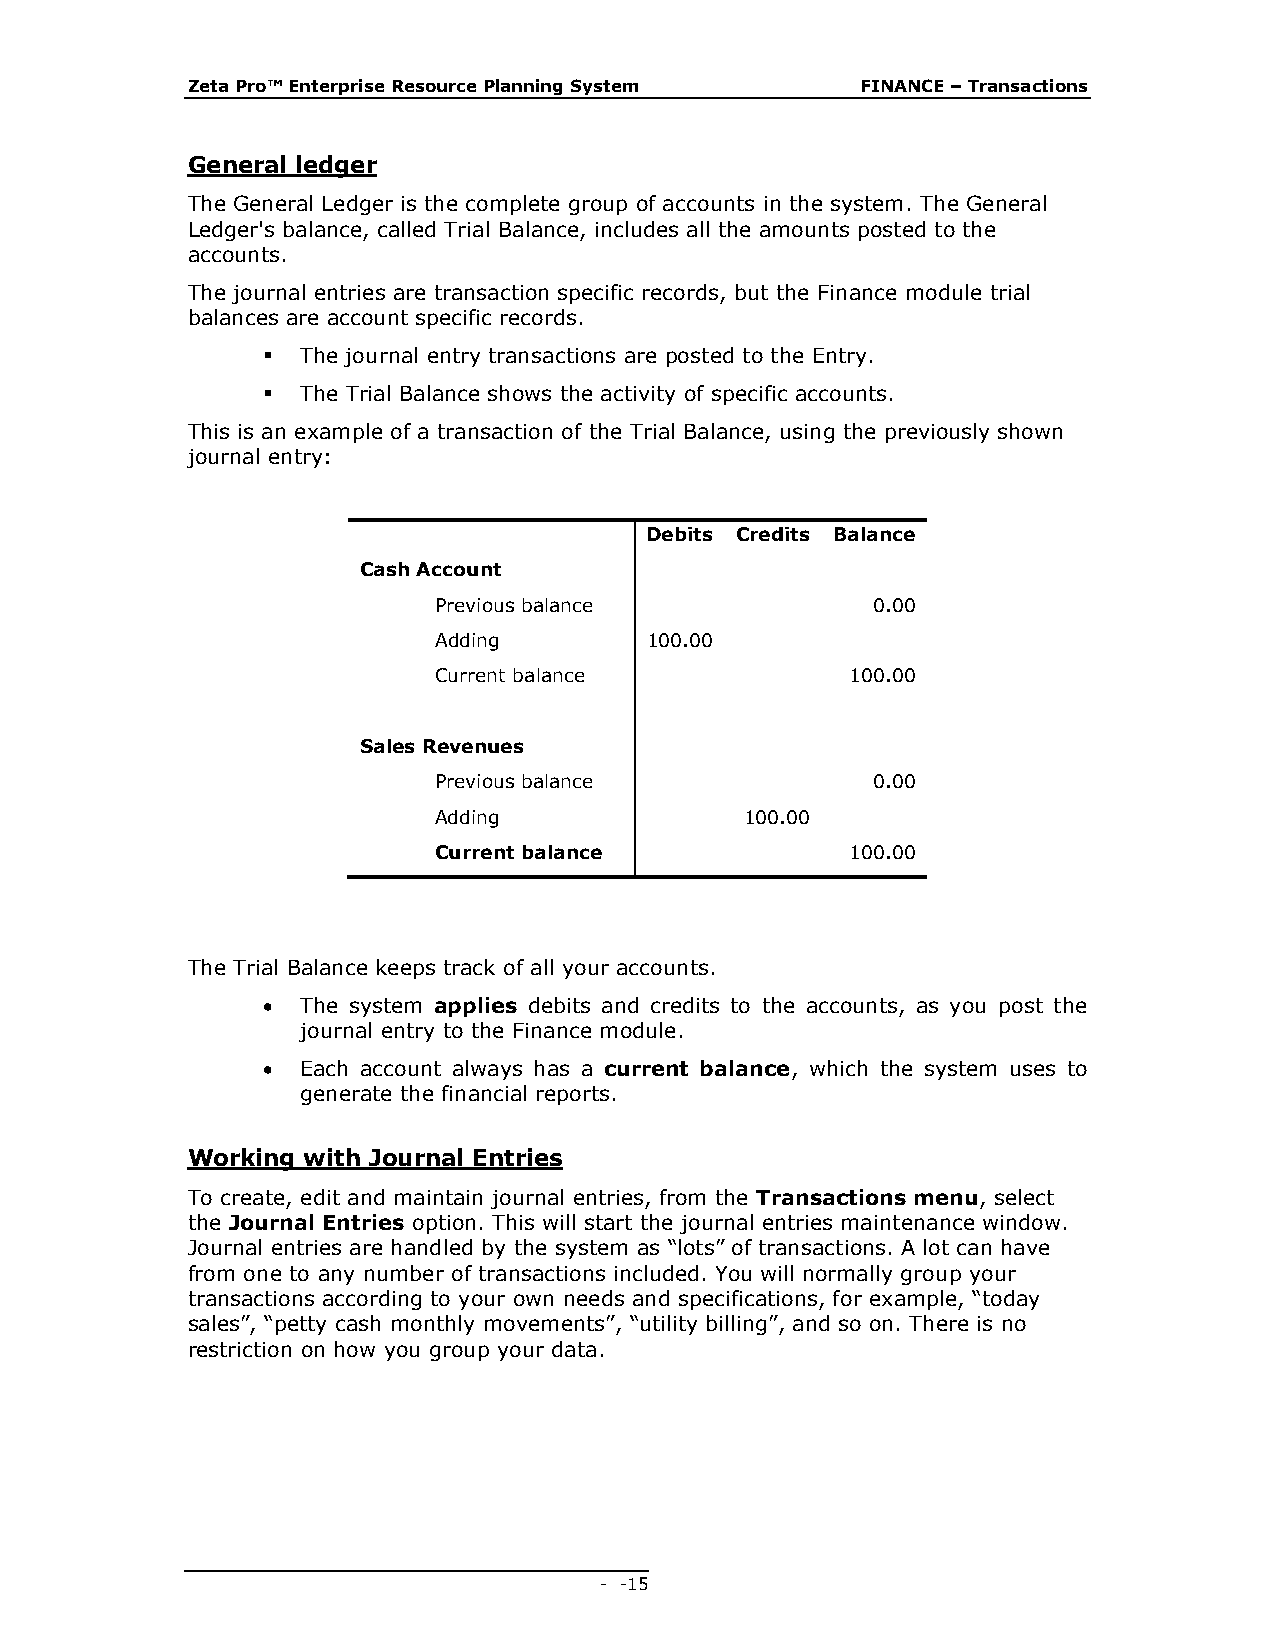
Zeta Pro™ Enterprise Resource Planning System FINANCE – Transactions
 General ledger
 The General Ledger is the complete group of accounts in the system. The General
 Ledger's balance, called Trial Balance, includes all the amounts posted to the
 accounts.
 The journal entries are transaction specific records, but the Finance module trial
 balances are account specific records.
   The journal entry transactions are posted to the Entry.
   The Trial Balance shows the activity of specific accounts.
 This is an example of a transaction of the Trial Balance, using the previously shown
 journal entry:
 Debits Credits Balance
 Cash Account
 Previous balance             0.00
 Adding        100.00
 Current balance            100.00
 Sales Revenues
 Previous balance             0.00
 Adding              100.00
 Current balance            100.00
 The Trial Balance keeps track of all your accounts.
   The system applies debits and credits to the accounts, as you post the
 journal entry to the Finance module.
   Each account always has a current balance, which the system uses to
 generate the financial reports.
 Working with Journal Entries
 To create, edit and maintain journal entries, from the Transactions menu, select
 the Journal Entries option. This will start the journal entries maintenance window.
 Journal entries are handled by the system as “lots” of transactions. A lot can have
 from one to any number of transactions included. You will normally group your
 transactions according to your own needs and specifications, for example, “today
 sales”, “petty cash monthly movements”, “utility billing”, and so on. There is no
 restriction on how you group your data.
 - - 15